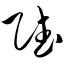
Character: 赋